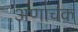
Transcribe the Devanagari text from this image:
अणाचक